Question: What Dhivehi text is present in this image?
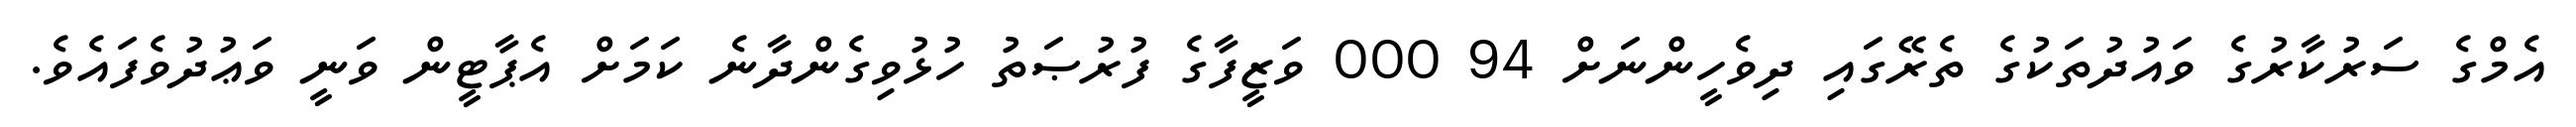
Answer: އެމްގެ ސަރުކާރުގެ ވައުދުތަކުގެ ތެރޭގައި ދިވެހީންނަށް 94 000 ވަޒީފާގެ ފުރުޞަތު ހުޅުވިގެންދާނެ ކަމަށް އެޕާޓީން ވަނީ ވަޢުދުވެފައެވެ.